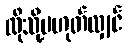
ထိုသို့မဟုတ်လျှင်